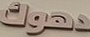
دهوك